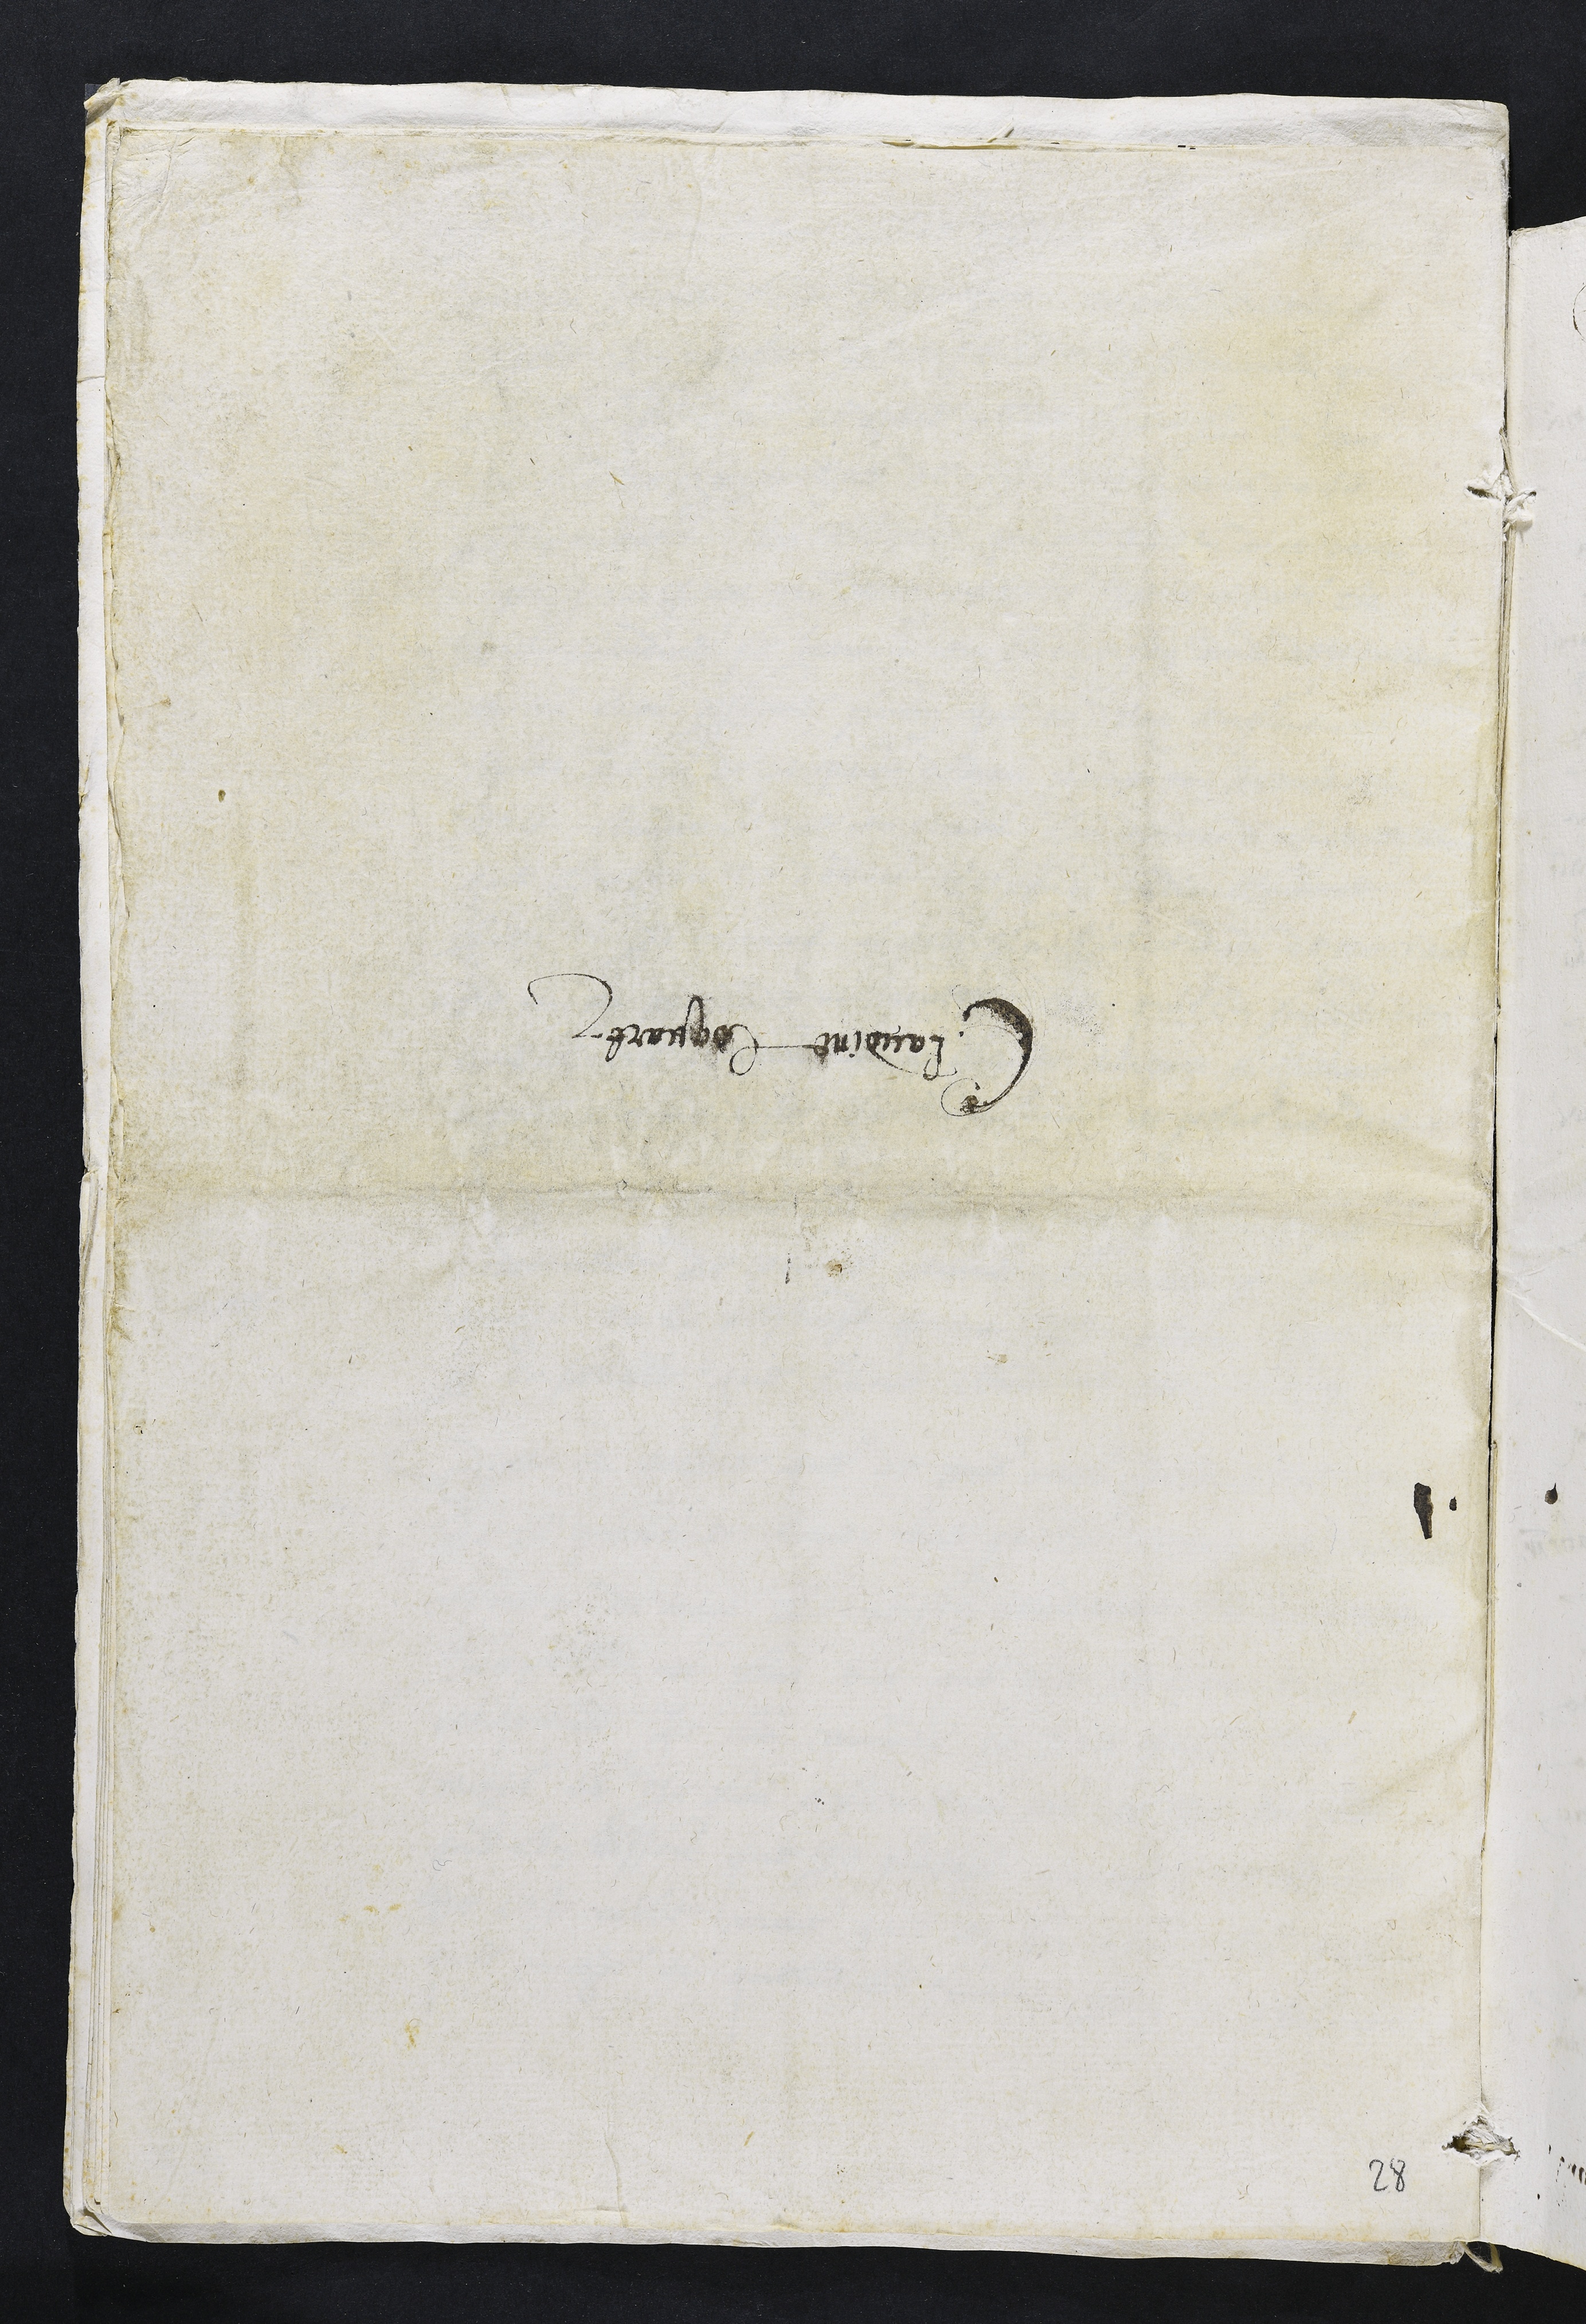
Claudine Coquarf